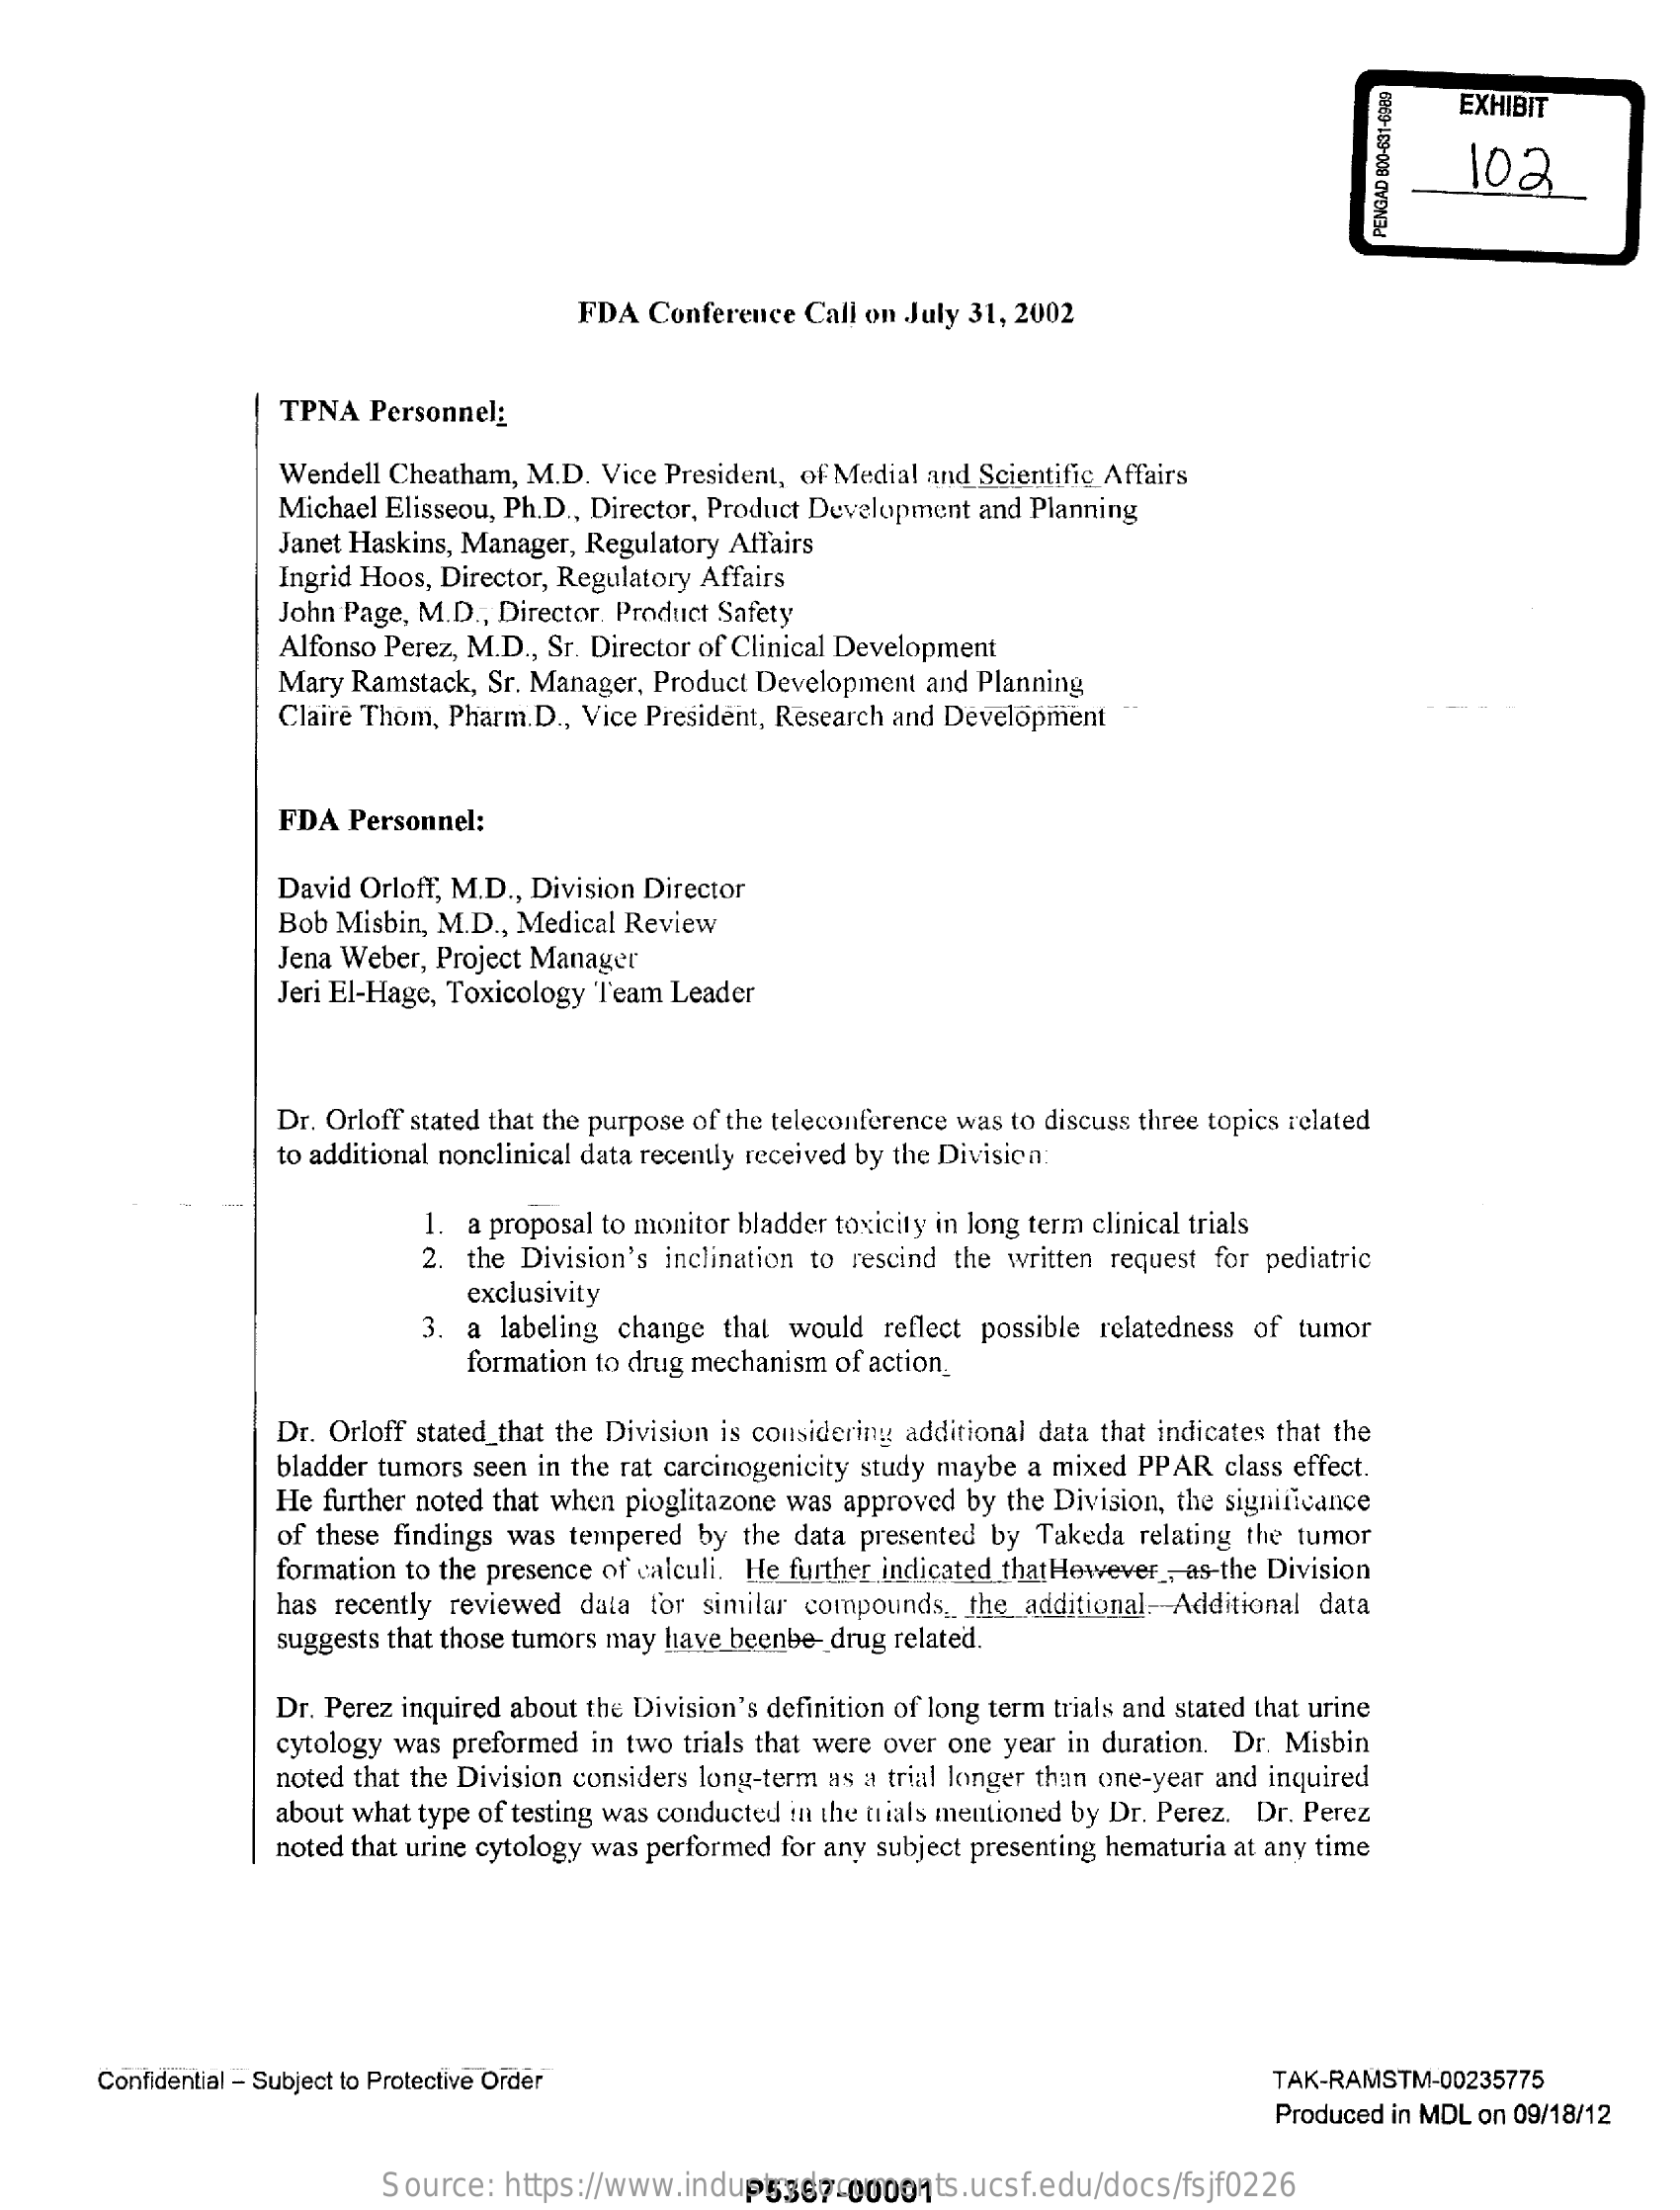
EXHIBIT
     102
     PENGAD
     800-631-6089
     FDA  Conference Call on July 31, 2002
     TPNA  Personnel:
     Wendell Cheatham, M.D. Vice President, of Medial and Scientific Affairs
     Michael Elisseou, Ph.D ., Director, Product Development and Planning
     Janet Haskins, Manager, Regulatory Affairs
     Ingrid Hoos, Director, Regulatory Affairs
     John Page, M.D ., Director. Product Safety
     Alfonso Perez, M.D ., Sr. Director of Clinical Development
     Mary Ramstack, Sr. Manager, Product Development and Planning
     Claire Thom, Pharm. D ., Vice President, Research and Development
     FDA  Personnel:
     David Orloff, M.D ., Division Director
     Bob Misbin, M.D ., Medical Review
     Jena Weber, Project Manager
     Jeri El-Hage, Toxicology Team Leader
     Dr. Orloff stated that the purpose of the teleconference was to discuss three topics related
     to additional nonclinical data recently received by the Divisica:
     1. a proposal to monitor bladder toxicity in long term clinical trials
     2. the Division's inclination to rescind the written request for pediatric
     3. a labeling change that would  reflect possible relatedness of tumor
     exclusivity
     formation to drug mechanism of action_
     Dr. Orloff stated_that the Division is considering additional data that indicates that the
     bladder tumors seen in the rat carcinogenicity study maybe a mixed PPAR class effect.
     He further noted that when pioglitazone was approved by the Division, the significance
     of these findings was tempered by the data presented by Takeda relating the tumor
     formation to the presence of calculi. He further indicated that However , as-the Division
     has recently reviewed data for similar compounds. the additional Additional data
     suggests that those tumors may have beenbe- drug related.
     Dr. Perez inquired about the Division's definition of long term trials and stated that urine
     cytology was preformed in two trials that were over one year in duration. Dr. Misbin
     noted that the Division considers long-term as a trial longer than one-year and inquired
     about what type of testing was conducted in the trials mentioned by Dr. Perez. Dr. Perez
     noted that urine cytology was performed for any subject presenting hematuria at any time
     Confidential - Subject to Protective Order    TAK-RAMSTM-00235775
     Produced in MDL on 09/18/12
     Source:  https://www.industrydocuments.ucsf.edu/docs/fsjf0226 P5367-00001